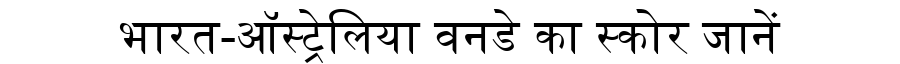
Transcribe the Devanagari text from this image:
भारत-ऑस्ट्रेलिया वनडे का स्कोर जानें